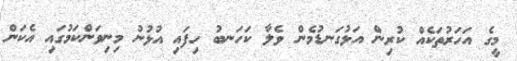
މީގެ އަހަރުތަކެއް ކުރިން އަޅުގަނޑުމެން ވެލާ ކަހަނބު ހިފައި އުޅުނު މިނިވަންކަމުގައި އެކަން